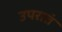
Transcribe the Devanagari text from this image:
उपरातं